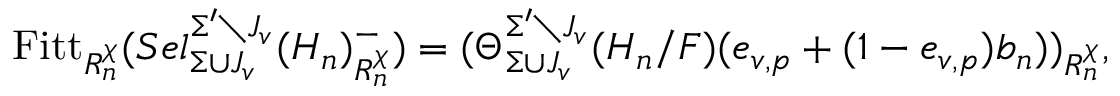
\mathrm { F i t t } _ { R _ { n } ^ { \chi } } ( S e l _ { \Sigma \cup J _ { v } } ^ { \Sigma ^ { \prime } \setminus J _ { v } } ( H _ { n } ) _ { R _ { n } ^ { \chi } } ^ { - } ) = ( \Theta _ { \Sigma \cup J _ { v } } ^ { \Sigma ^ { \prime } \setminus J _ { v } } ( H _ { n } / F ) ( e _ { v , p } + ( 1 - e _ { v , p } ) b _ { n } ) ) _ { R _ { n } ^ { \chi } } ,